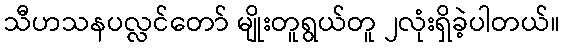
သီဟသနပလ္လင်တော် မျိုးတူရွယ်တူ ၂လုံးရှိခဲ့ပါတယ်။